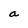
Character: a